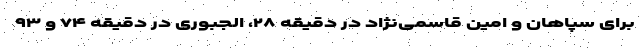
برای سپاهان و امین قاسمی‌نژاد در دقیقه ۲۸، الجبوری در دقیقه ۷۴ و ۹۳